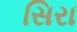
સિરા